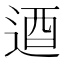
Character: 逎